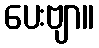
ပေးဗျာ။